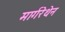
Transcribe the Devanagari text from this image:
मार्गरेथेन